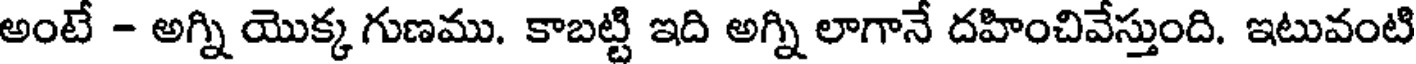
అంటే - అగ్ని యొక్క గుణము. కాబట్టి ఇది అగ్ని లాగానే దహించివేస్తుంది. ఇటువంటి